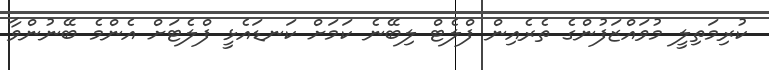
ކުރިމަތިލީ މުވައްޒަފުންގެ ތެރެއިން ފްލެޓް ލިބޭނެ ކަމަށް ކަނޑައެޅީ ފްލެޓަށް އެންމެ ބޭނުންވާ